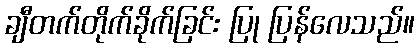
ချီတက်တိုက်ခိုက်ခြင်း ပြု ပြန်လေသည်။